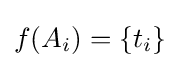
f(A_{i})=\{t_{i}\}